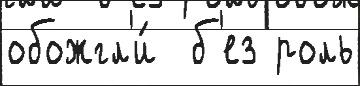
обожгл'и́  б'ез роль